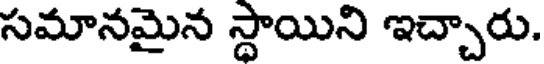
సమానమైన స్థాయిని ఇచ్చారు.